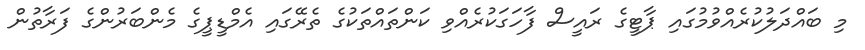
މި ބައްދަލުކުރެއްވުމުގައި ޕާޓީގެ ރައީސް ފާހަގަކުރެއްވި ކަންތައްތަކުގެ ތެރޭގައި އެމްޑީޕީގެ މެންބަރުންގެ ފަރާތުން